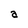
Character: a